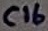
Text: C16